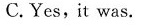
C.Yes, it was.